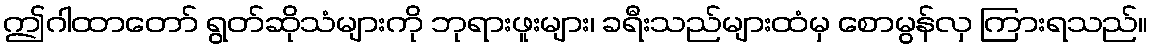
ဤဂါထာတော် ရွတ်ဆိုသံများကို ဘုရားဖူးများ၊ ခရီးသည်များထံမှ စောမွန်လှ ကြားရသည်။